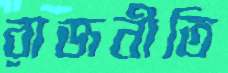
রাজনীতি